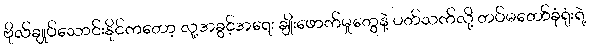
ဗိုလ်ချုပ်သောင်းနိုင်ကတော့ လူ့အခွင့်အရေး ချိုးဖောက်မှုတွေနဲ့ ပတ်သက်လို့ တပ်မတော်ခုံရုံးရဲ့